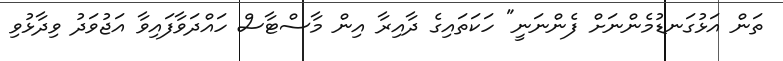
ތަން އަޅުގަނޑުމެންނަށް ފެންނަނީ" ހަކަތައިގެ ދާއިރާ އިން މާސްޓާސް ހައްދަވާފައިވާ އަޖުވަދު ވިދާޅުވި